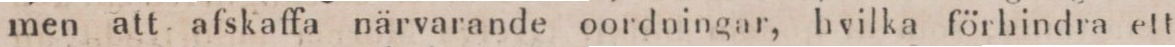
men att afskaffa närvarande oordningar, hvilka förhindra ett